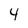
Character: 4